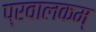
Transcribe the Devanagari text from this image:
प्रवालकम्‌